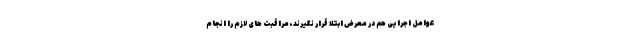
عوامل اجرایی هم در معرض ابتلا قرار نگیرند، مراقبت های لازم را انجام